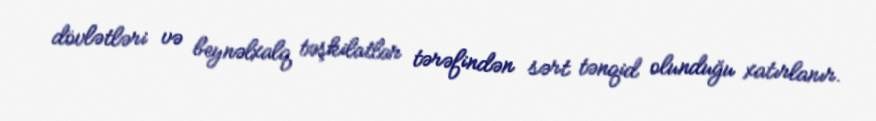
dövlətləri və beynəlxalq təşkilatlar tərəfindən sərt tənqid olunduğu xatırlanır.